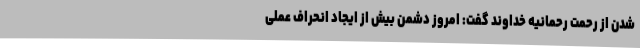
شدن از رحمت رحمانیه خداوند گفت: امروز دشمن بیش از ایجاد انحراف عملی